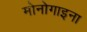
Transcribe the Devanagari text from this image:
मोनोगाइना